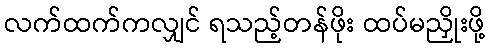
လက်ထက်ကလျှင် ရသည့်တန်ဖိုး ထပ်မညှိုးဖို့